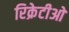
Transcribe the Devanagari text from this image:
रिक्रेटीओ